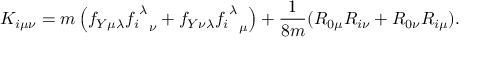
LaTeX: K _ { i \mu \nu } = m \left( f _ { Y \mu \lambda } { { f _ { i } } ^ { \lambda } } _ { \nu } + f _ { Y \nu \lambda } { { f _ { i } } ^ { \lambda } } _ { \mu } \right) + \frac { 1 } { 8 m } ( R _ { 0 \mu } R _ { i \nu } + R _ { 0 \nu } R _ { i \mu } ) .